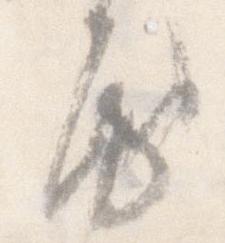
房